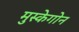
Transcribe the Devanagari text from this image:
मुस्केगोन